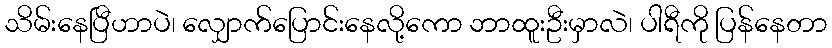
သိမ်းနေပြီဟာပဲ၊ လျှောက်ပြောင်းနေလို့ကော ဘာထူးဦးမှာလဲ၊ ပါရီကို ပြန်နေတာ